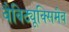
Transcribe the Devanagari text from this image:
बैविट्यूक्सिमैब